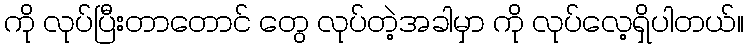
ကို လုပ်ပြီးတာတောင် တွေ လုပ်တဲ့အခါမှာ ကို လုပ်လေ့ရှိပါတယ်။